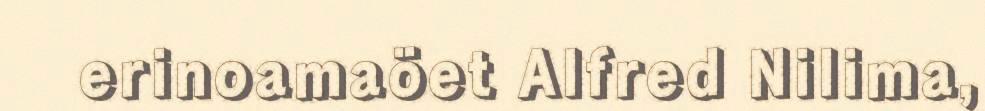
erinoamaöet Alfred Nilima,